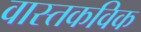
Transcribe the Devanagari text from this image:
वास्तकविक